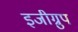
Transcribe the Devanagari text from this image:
इजीग्रुप